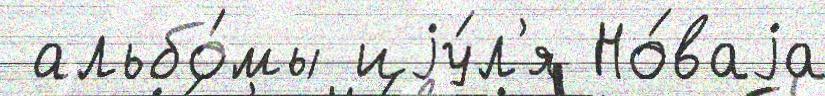
 альбо́мы иjу́л'я Но́ваjа